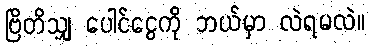
ဗြိတိသျှ ပေါင်ငွေကို ဘယ်မှာ လဲရမလဲ။